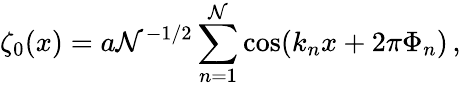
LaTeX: \zeta_{0}(x)=a\mathcal{N}^{-1/2}\sum_{n=1}^{\mathcal{N}}\cos(k_{n}x+2\pi\Phi_{n})\, ,